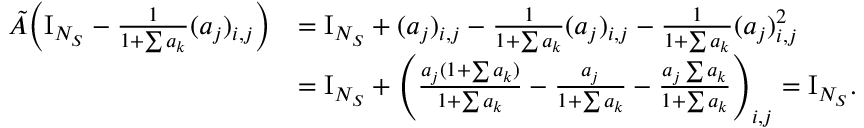
\begin{array} { r l } { \tilde { A } \Big ( \mathrm { I } _ { N _ { S } } - \frac 1 { 1 + \sum a _ { k } } ( a _ { j } ) _ { i , j } \Big ) } & { = \mathrm { I } _ { N _ { S } } + ( a _ { j } ) _ { i , j } - \frac 1 { 1 + \sum a _ { k } } ( a _ { j } ) _ { i , j } - \frac 1 { 1 + \sum a _ { k } } ( a _ { j } ) _ { i , j } ^ { 2 } } \\ & { = \mathrm { I } _ { N _ { S } } + \Bigg ( \frac { a _ { j } ( 1 + \sum a _ { k } ) } { 1 + \sum a _ { k } } - \frac { a _ { j } } { 1 + \sum a _ { k } } - \frac { a _ { j } \sum a _ { k } } { 1 + \sum a _ { k } } \Bigg ) _ { i , j } = \mathrm { I } _ { N _ { S } } . } \end{array}